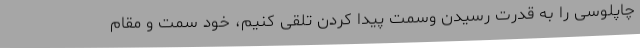
چاپلوسی را به قدرت رسیدن وسِمَت پیدا کردن تلقی کنیم، خودِ سِمت و مقام